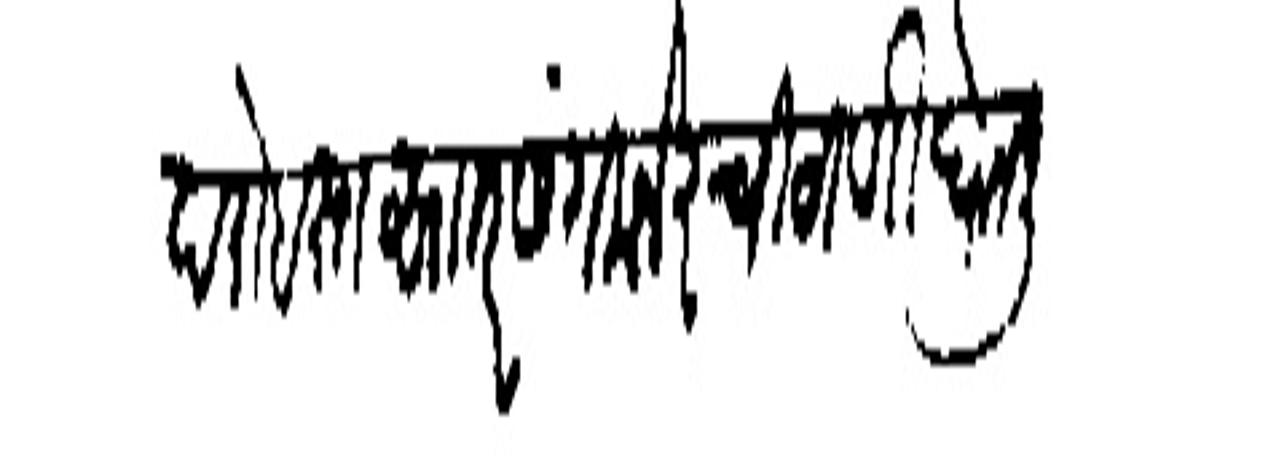
Transliteration (Devanagari): दरोबस्त सार संगमनेरची ठाणी घेतली